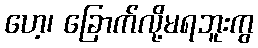
ဟေ့၊ ခြောက်လို့မရဘူးကွ